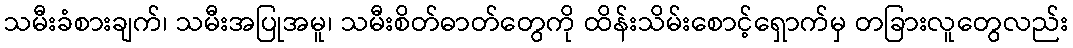
သမီးခံစားချက်၊ သမီးအပြုအမူ၊ သမီးစိတ်ဓာတ်တွေကို ထိန်းသိမ်းစောင့်ရှောက်မှ တခြားလူတွေလည်း